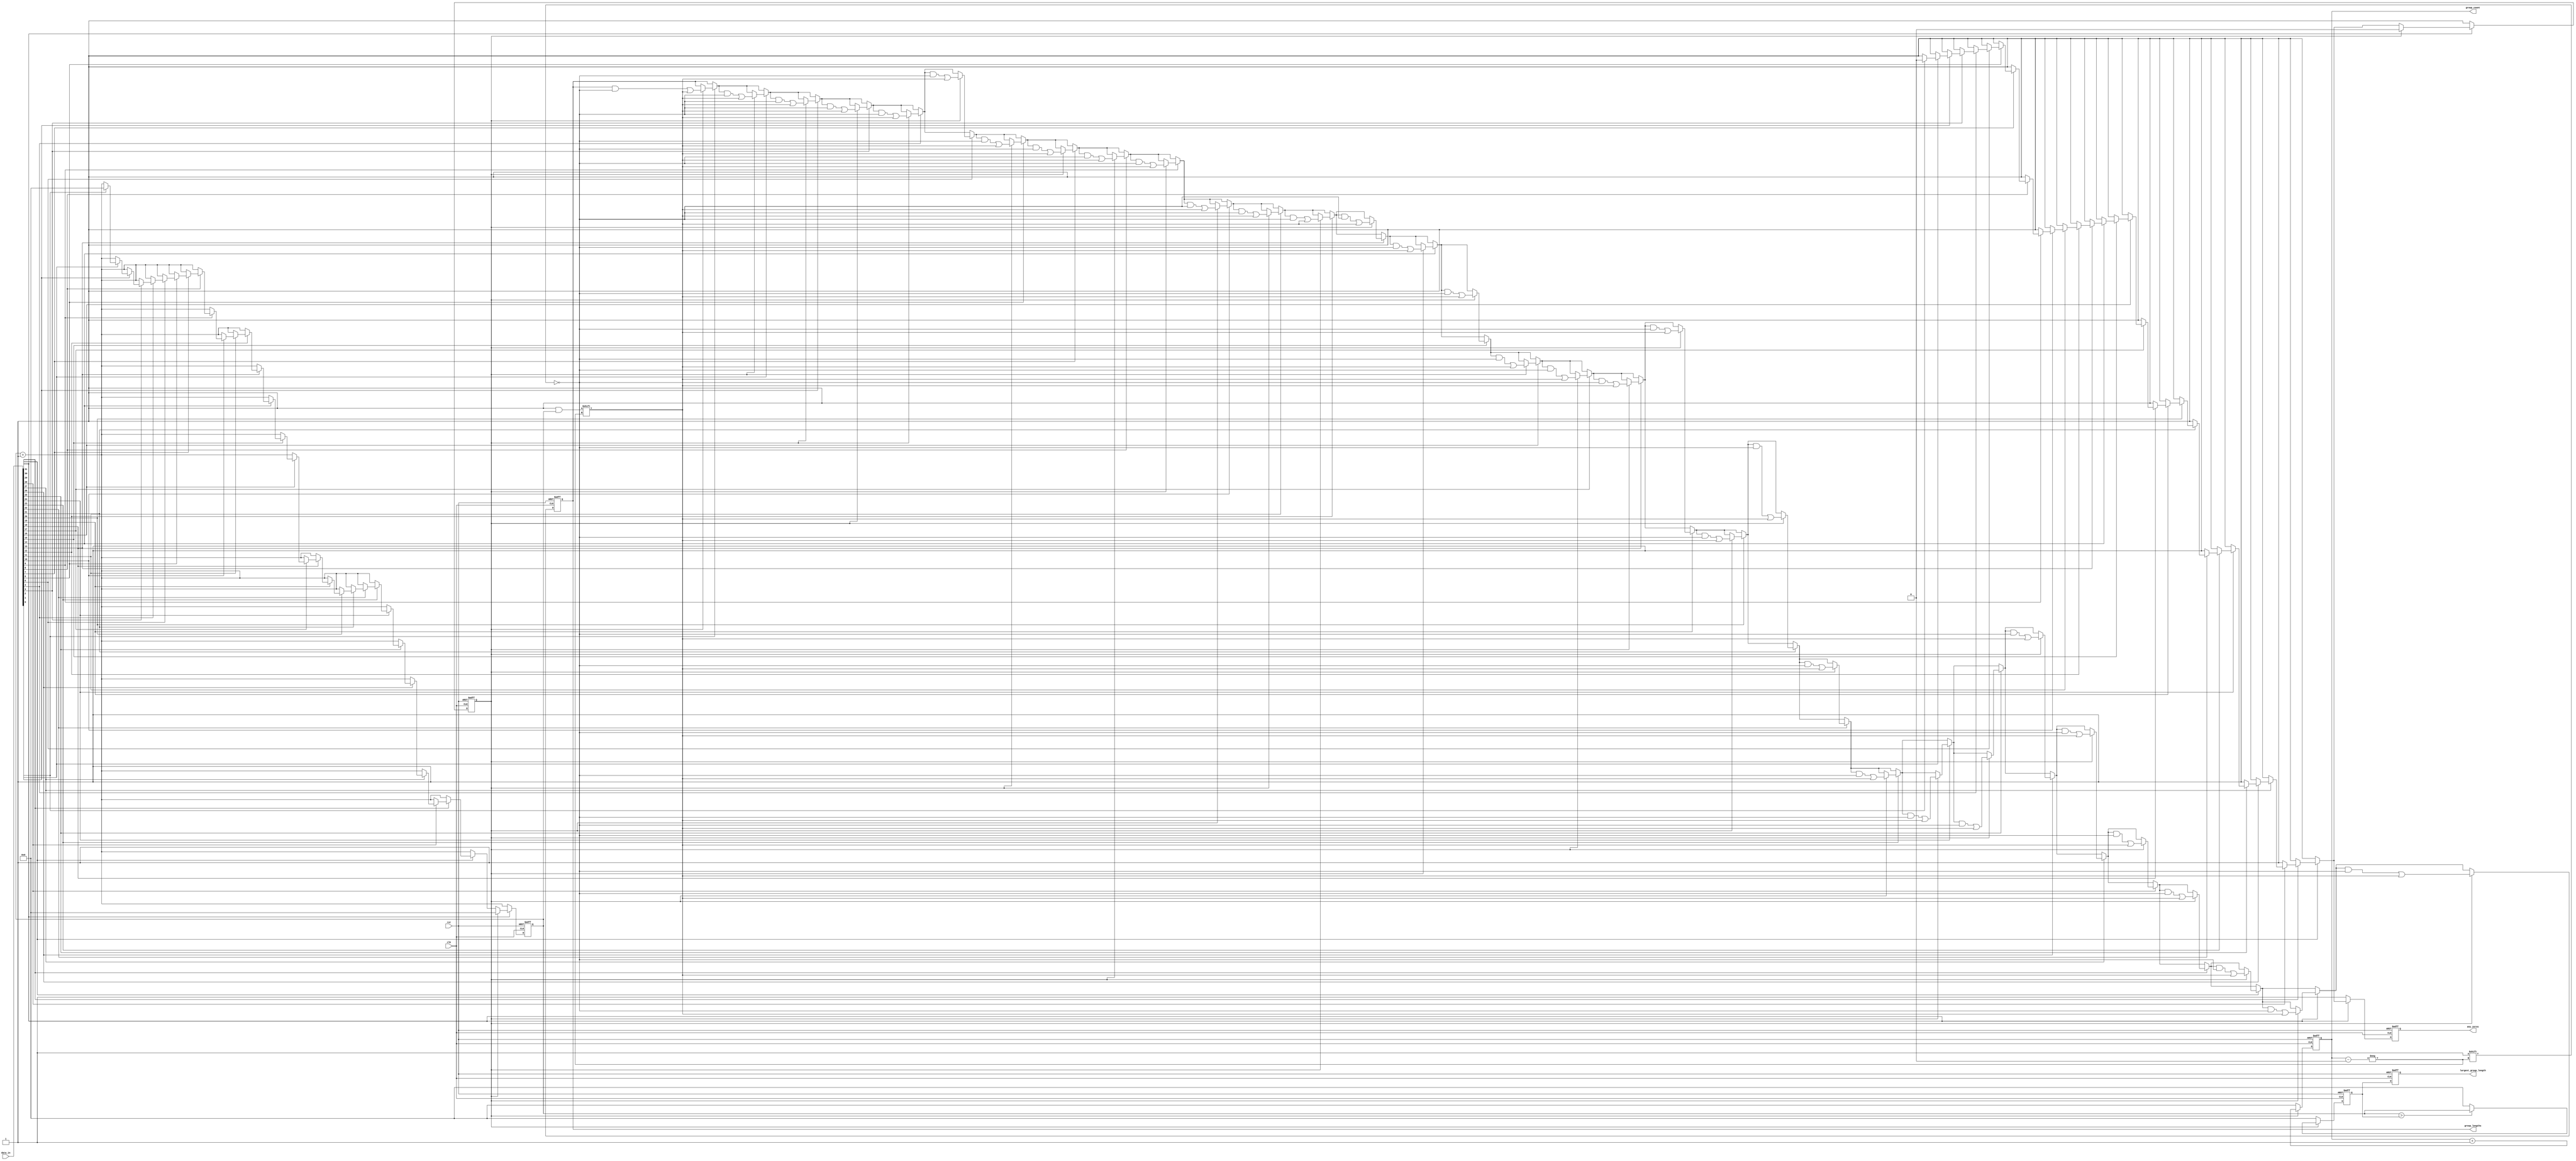
module zero_grouping (
    input wire clk,                        // Clock signal
    input wire rst,                        // Reset signal
    input wire [N-1:0] data_in,           // Multi-bit input vector
    output reg [31:0] group_count,        // Total number of groups of zeros
    output reg [N/2:0] group_lengths,      // Array to store lengths of zero groups
    output reg any_zeros,                  // Flag to indicate presence of zeros
    output reg [31:0] largest_group_length  // Length of the largest group
);

parameter N = 32; // Size of the input vector, can be adjusted

integer i;
reg [31:0] current_length; // Length of the current group of zeros
reg [31:0] max_length;      // Store the maximum length of zero groups
reg in_zero_group;          // State to track if currently in a zero group

always @(posedge clk or posedge rst) begin
    if (rst) begin
        group_count <= 0;
        group_lengths <= 0;
        any_zeros <= 0;
        largest_group_length <= 0;
        current_length <= 0;
        max_length <= 0;
        in_zero_group <= 0;
    end else begin
        group_count <= 0;
        current_length <= 0;
        max_length <= 0;
        in_zero_group <= 0;
        any_zeros <= 0;

        // Traverse the input vector
        for (i = 0; i < N; i = i + 1) begin
            if (data_in[i] == 0) begin
                // We're in a zero
                any_zeros <= 1; // Flag that we have zeros
                current_length <= current_length + 1; // Increment current length
                in_zero_group <= 1; // Set flag that we're in a zero group
            end else begin
                // We hit a one
                if (in_zero_group) begin
                    // If we were in a zero group, finalize the group
                    group_count <= group_count + 1; // Increment group count
                    group_lengths[group_count] <= current_length; // Store current length
                    if (current_length > max_length) begin
                        max_length <= current_length; // Update max length
                    end
                    current_length <= 0; // Reset current length
                    in_zero_group <= 0; // Reset zero group flag
                end
            end
        end

        // Check if we ended with a zero group
        if (in_zero_group) begin
            group_count <= group_count + 1; // Increment group count
            group_lengths[group_count] <= current_length; // Store current length
            if (current_length > max_length) begin
                max_length <= current_length; // Update max length
            end
        end
        
        // Assign the largest group length
        largest_group_length <= max_length;
    end
end

endmodule